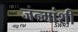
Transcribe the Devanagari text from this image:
जन्मांशी